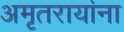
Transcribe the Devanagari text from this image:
अमृतरायांना